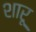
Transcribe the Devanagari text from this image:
शारू